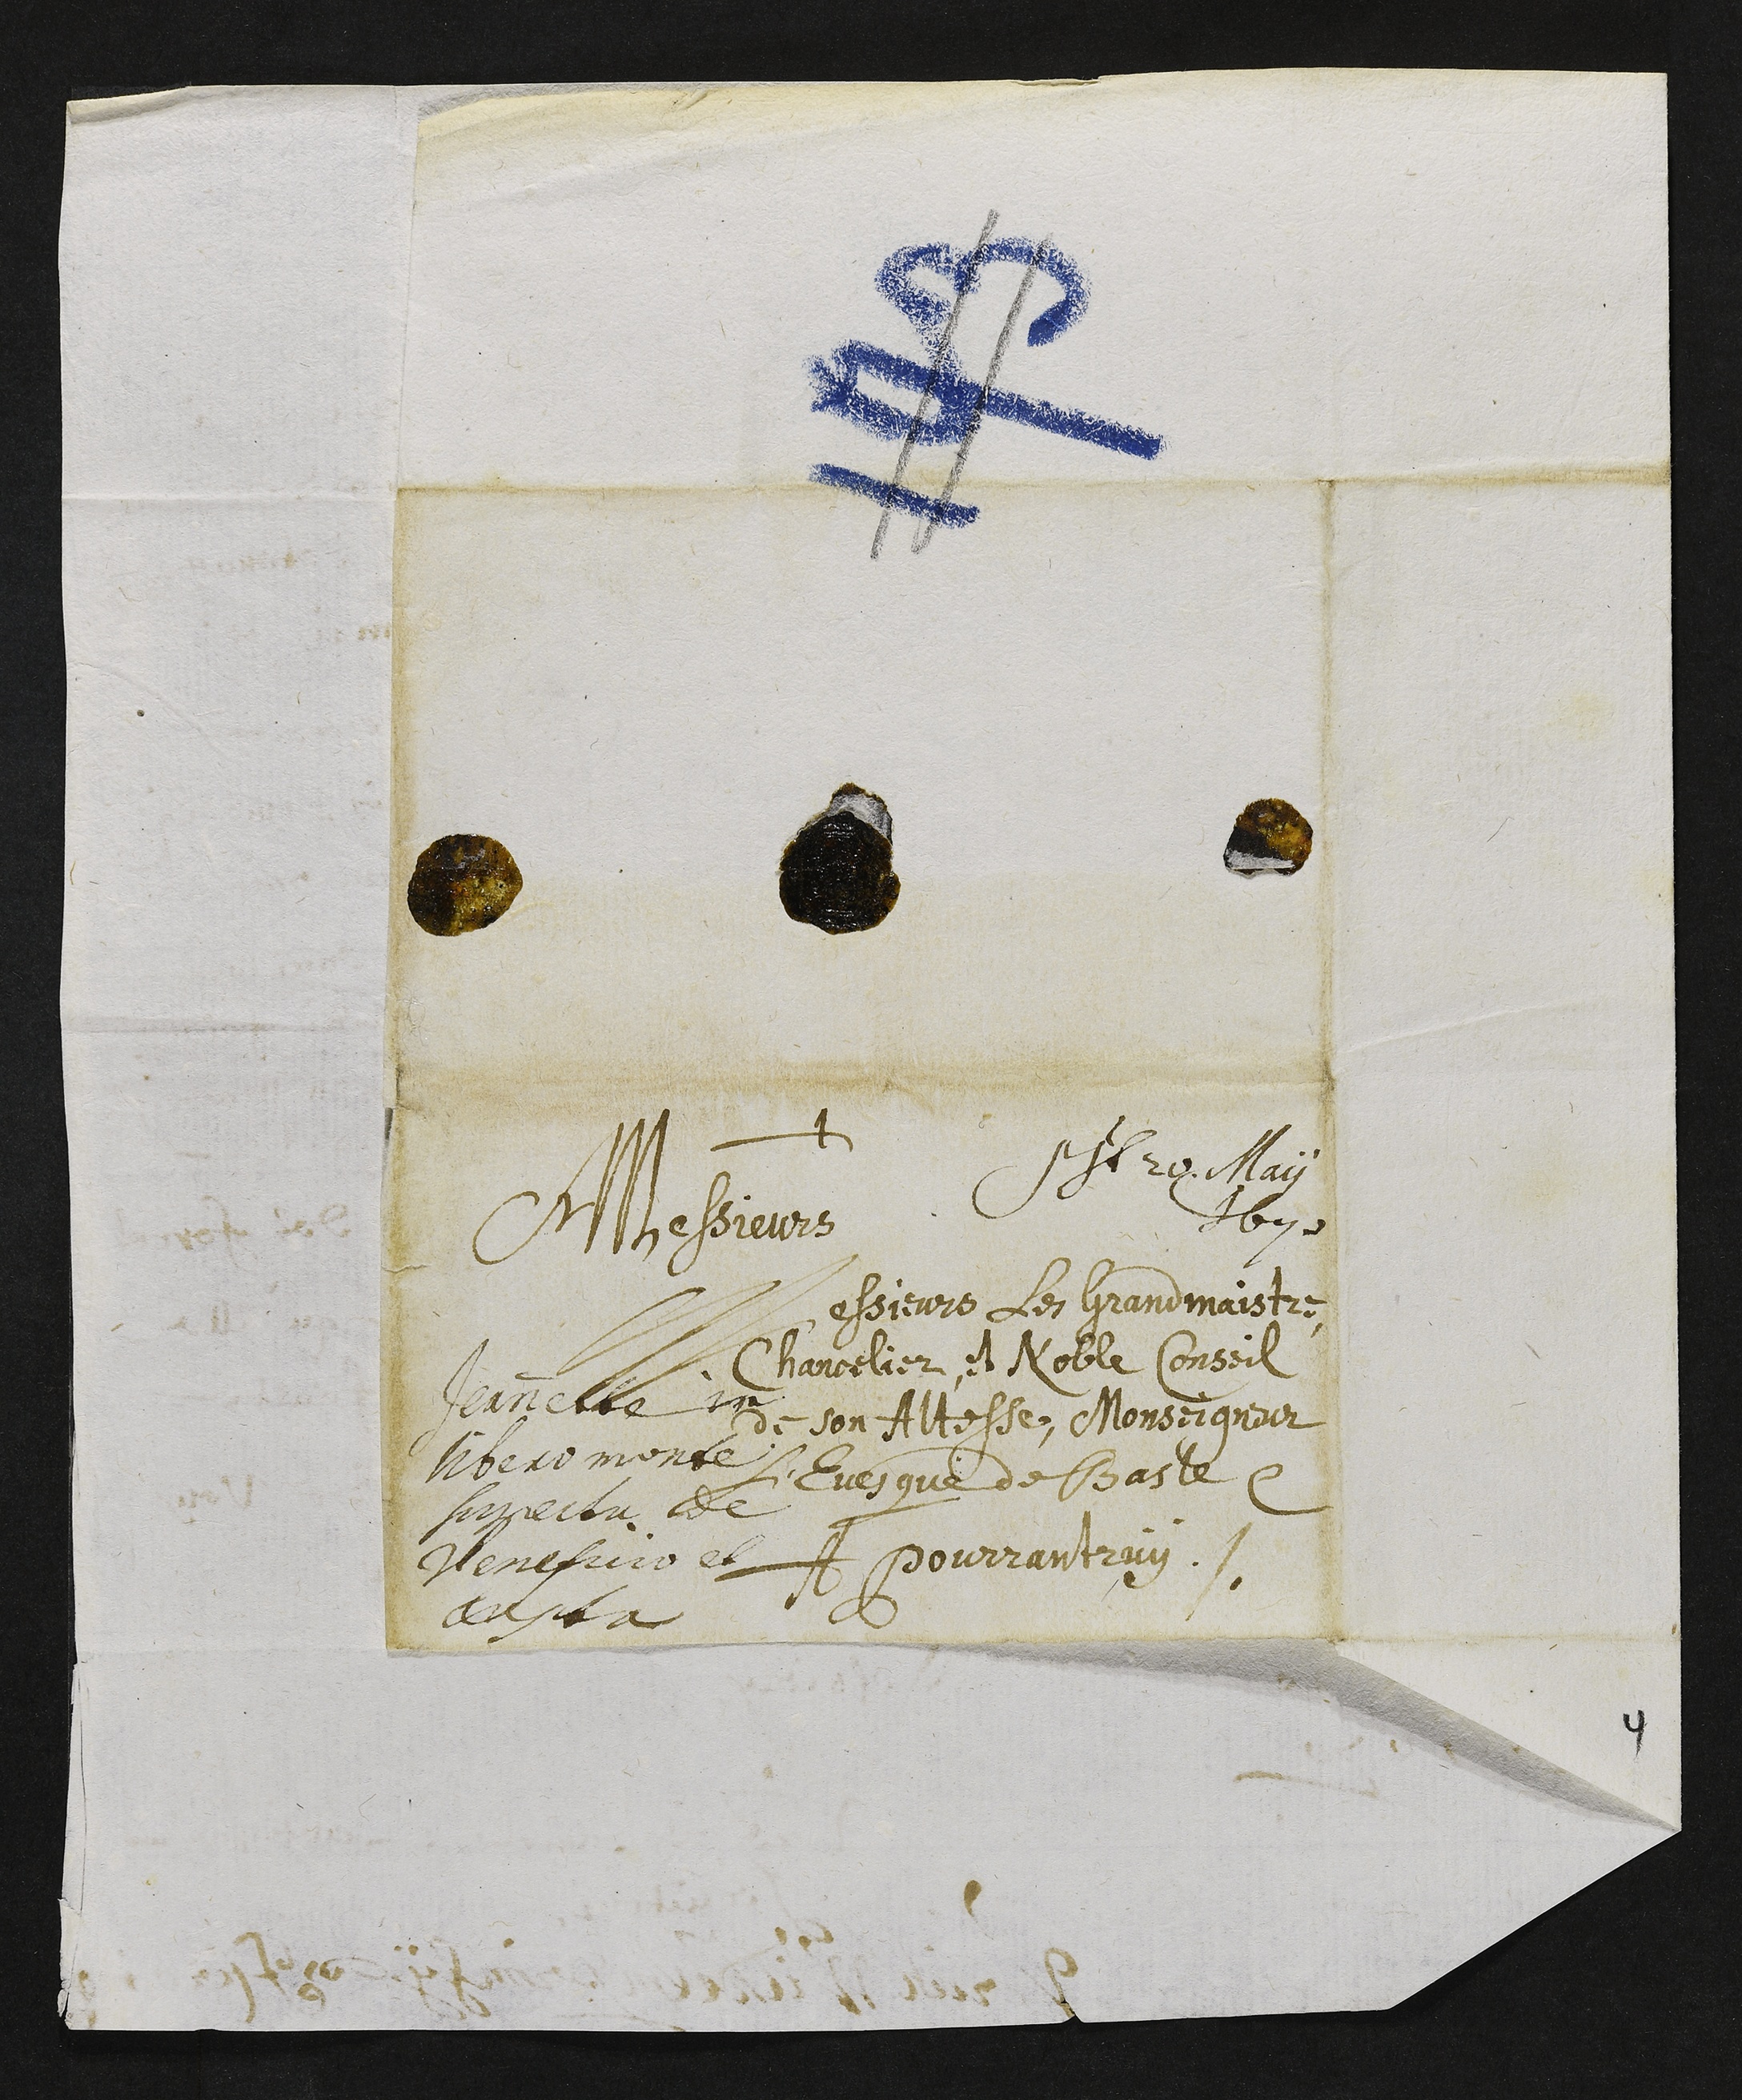
+
Presentatum 20. May
1670
Messieurs
Messieurs les Grandmaistre,
Chancelier, et Noble Conseil
de son Altesse, Monseigneur
l’Evesque de Basle
A Pourrantruÿ
Jeannette in
libero monte
suspecta de
veneficio et
capta